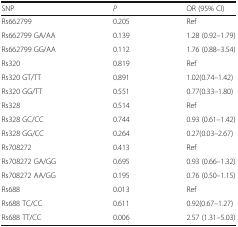
<table><thead><tr><td><b>SNP</b></td><td><b><i>P</i></b></td><td><b>OR (95% CI)</b></td></tr></thead><tbody><tr><td>Rs662799</td><td>0.205</td><td>Ref</td></tr><tr><td>Rs662799 GA/AA</td><td>0.139</td><td>1.28 (0.92–1.79)</td></tr><tr><td>Rs662799 GG/AA</td><td>0.112</td><td>1.76 (0.88–3.54)</td></tr><tr><td>Rs320</td><td>0.819</td><td>Ref</td></tr><tr><td>Rs320 GT/TT</td><td>0.891</td><td>1.02(0.74–1.42)</td></tr><tr><td>Rs320 GG/TT</td><td>0.551</td><td>0.77(0.33–1.80)</td></tr><tr><td>Rs328</td><td>0.514</td><td>Ref</td></tr><tr><td>Rs328 GC/CC</td><td>0.744</td><td>0.93 (0.61–1.42)</td></tr><tr><td>Rs328 GG/CC</td><td>0.264</td><td>0.27(0.03–2.67)</td></tr><tr><td>Rs708272</td><td>0.413</td><td>Ref</td></tr><tr><td>Rs708272 GA/GG</td><td>0.695</td><td>0.93 (0.66–1.32)</td></tr><tr><td>Rs708272 AA/GG</td><td>0.195</td><td>0.76 (0.50–1.15)</td></tr><tr><td>Rs688</td><td>0.013</td><td>Ref</td></tr><tr><td>Rs688 TC/CC</td><td>0.611</td><td>0.92(0.67–1.27)</td></tr><tr><td>Rs688 TT/CC</td><td>0.006</td><td>2.57 (1.31–5.03)</td></tr></tbody></table>